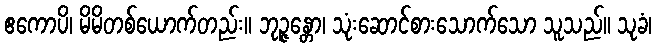
ဧကောပိ၊ မိမိတစ်ယောက်တည်း။ ဘုဉ္ဇန္တော၊ သုံးဆောင်စားသောက်သော သူသည်။ သုခံ၊